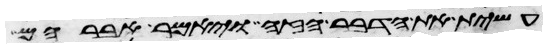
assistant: עשית את הדבר הזה ויאמר אברהם